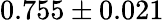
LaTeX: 0.755\pm 0.021